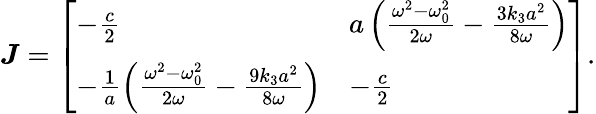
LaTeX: \boldsymbol J=\left[\begin{array}{ll}{-\frac{c}{2}}&{a\left(\frac{\omega^{2}-\omega_{0}^{2}}{2\omega}-\frac{3k_{3}a^{2}}{8\omega}\right)}\\ {-\frac{1}{a}\left(\frac{\omega^{2}-\omega_{0}^{2}}{2\omega}-\frac{9k_{3}a^{2}}{8\omega}\right)}&{-\frac{c}{2}}\end{array}\right].